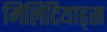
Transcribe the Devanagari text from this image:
मिलिटियाड्स